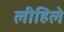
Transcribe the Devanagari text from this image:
लीहिले